Trukikaitis_Postimees, lk 3
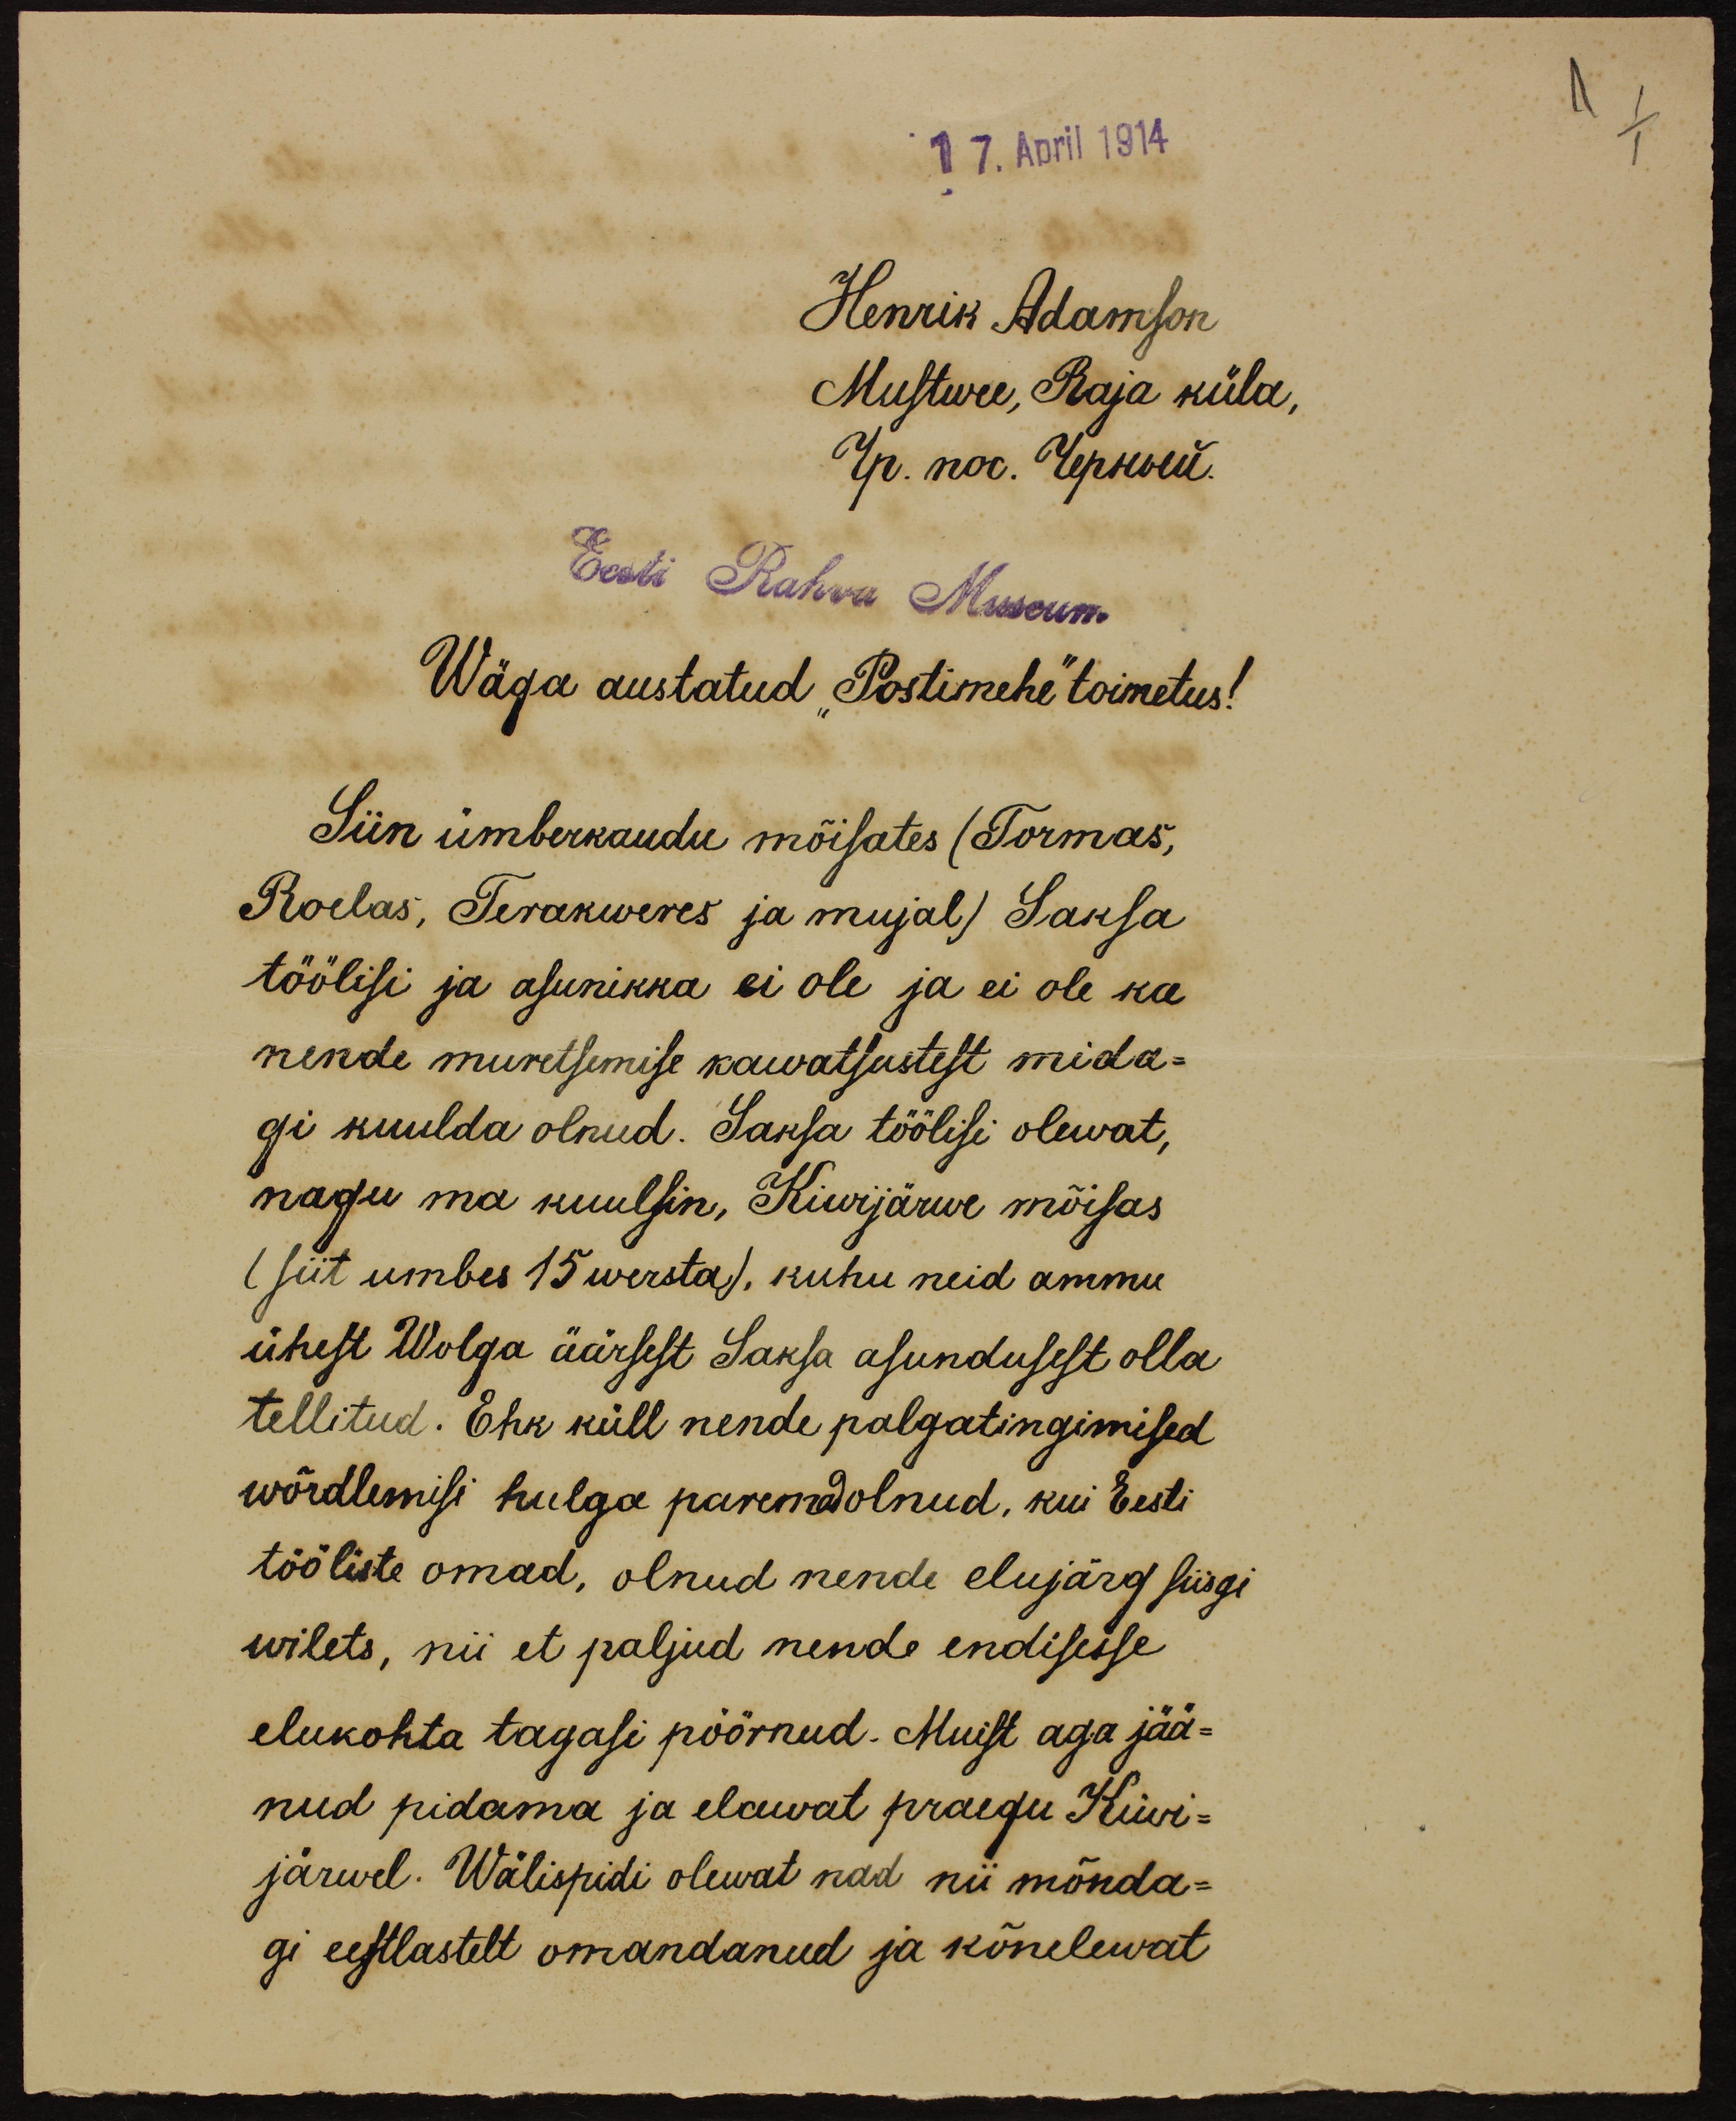
17. April 1914

Henrik Adamson
Mustwee, Raja küla,
гр. noc. Керялий.
Eest Rahva Museum
Wäga austatud "Postimehe" toimetus!
Siin ümberkaudu mõisates (Tormas,
Roelas, Terakweres ja mujal) Saksa
töölisi ja asunikka ei ole ja ei ole ka
nende muretsemise kawatsustest mida-
gi kuulda olnud. Saksa töölisi olewat,
nagu ma kuulsin, Kiwijärwe mõisas
(siit umbes 15 wersta), kuhu neid ammu
ühest Wolga äärsest Saksa asundusest olla
tellitud. Ehk küll nende palgaltingimised
wõrdlemisi hulga paremad olnud, kui Eesti
tööliste omad, olnud nende elujärg siisgi
wilets, nii et paljud nende endisesse
elukohta tagasi pöörnud. Muist aga jää-
nud pidama ja elawat praegu Kiwi-
järwel. Wälispidi olewat nad nii mõnda-
gi eestlastelt omandanud ja kõnelewat